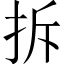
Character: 拆